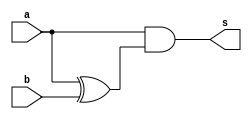
//Exemplo 0037
//Nome: Vitor Angelo Lima

module abgate ( output s, input a, input b );
	wire c;
	xor ( c, a, b );
	and ( s, a, c );
endmodule

module abgate2 ( output s, input [1:0] a, input [1:0] b );
	wire c [1:0];
	wire d [1:0];
	wire e [1:0];
	wire f [1:0];
	abgate ab1 ( c[0], a[0], b[0] );
	abgate ab2 ( c[1], a[1], b[1] );
	
	abgate ab3 ( d[0], b[0], a[0] );
	abgate ab4 ( d[1], b[1], a[1] );
	
	not ( e[0], d[0] );
	not ( e[1], d[1] );
	
	and ( f[0], c[0], e[0] );
	and ( f[1], c[1], e[1] );
	or ( s, f[0], f[1] );
endmodule

module test;
	reg [1:0] a;
	reg [1:0] b;
	reg c;
	wire n; //chave negada
	wire r1;
	wire r2;
	wire r3;
	wire r4;
	wire saida;
	
	not ( n, c );
	
	abgate2 a1 ( r1, a, b );
	abgate2 b1 ( r2, b, a );
	
	and ( r3, r1, c ); //maior
	and ( r4, r2, n ); //menor
	or ( saida, r4, r2 );
	
	initial begin
		$display( "A  B  C A>B B>A SAIDA" );
		$monitor ("%2b %2b %1b  %1b   %1b   %1b", a, b, c, r3, r4, saida );
		a = 00; b = 00; c = 0;
		#1 a = 00; b = 01;
		#1 a = 00; b = 10;
		#1 a = 00; b = 11;
		#1 a = 01; b = 00;
		#1 a = 01; b = 01;
		#1 a = 01; b = 10; //Valor errado se c = 1
		#1 a = 01; b = 11;
		#1 a = 10; b = 00;
		#1 a = 10; b = 01; //Valor errado se c = 0
		#1 a = 10; b = 10;
		#1 a = 10; b = 11;
		#1 a = 11; b = 00;
		#1 a = 11; b = 01;
		#1 a = 11; b = 10;
		#1 a = 11; b = 11;
		//nao consegui entender o por que do erro
	end
endmodule